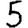
Digit: 5